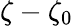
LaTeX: \zeta-\zeta_{0}